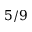
5 / 9